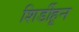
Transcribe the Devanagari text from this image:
शिर्डीहून